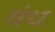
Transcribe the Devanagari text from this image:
वंध